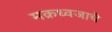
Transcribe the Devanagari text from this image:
मक्रध्वजाचे